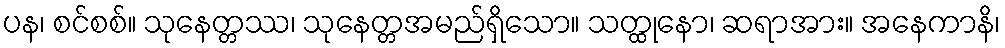
ပန၊ စင်စစ်။ သုနေတ္တဿ၊ သုနေတ္တအမည်ရှိသော။ သတ္ထုနော၊ ဆရာအား။ အနေကာနိ၊